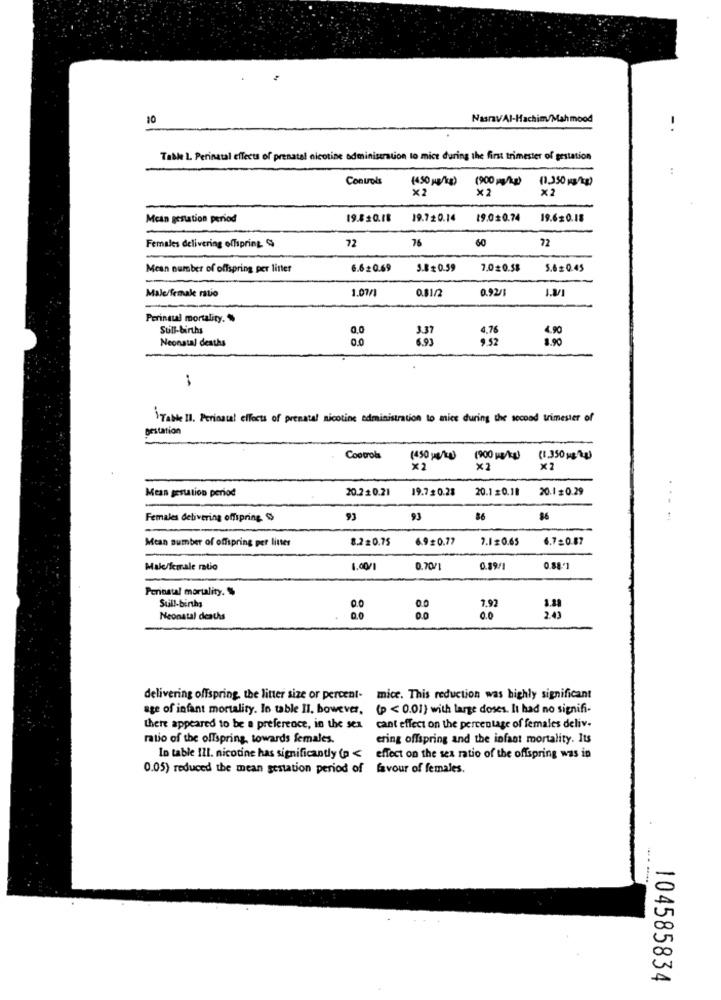
10
NastavAl-Hachim/Mahmood
Table 1. Perinatal effects of prenatal nicotine administration to mice during the first trimester of gestation
Controls
(450 mg/kg)
(900 mg/kg)
(1.350 mg/kg)
×2
×2
X2
Mcan gestation period
19.820.18
19.720.14
19.00.74
19.620.18
72
60
72
Females delivering offspring &
76
Mean number of offspring per litter
6.620.69
3.8≤ 0.59
5.6 =0.45
Male female muo
1.07/1
0.81/2
0.92/3
Perinsul mortality.
Sull-births
0.0
3.37
4,76
4.90
Neonatal deaths
0.0
1.90
Table 11. Periostal effects of prenatal nicotine administration to mice during the second trimester of
gestation
Controls
(450 ye/kg)
(900 w/kg) (1.350 g )g)
*2
×2
x2
Mean gestation period
20.2 2 0.21
19.720.28
20.1 20.18
20.1 0.29
Females delivering offspring $
93
93
86
%6
Mean number of offspring per litter
8.2=0.75
6.9#0.77
7.1=0.65
6.7=0.87
Male/female ratio
1.00/1
0.70/1
3.89/1
0.58'1
Perinatal mortality. $
Sull-birthy
7.92
Neonatal deaths
0.0
203
delivering offspring, the litter size or percent- mice. This reduction was highly significant
age of infant mortality. lo table Il, bowever, (p < 0.01) with large doses. It had no signifi-
there appeared to be a preference, in the sea
cant effect on the percentage of females deliv-
ratio of the offspring, towards females.
ering offspring and the infant mortality. Its
In table III. nicotine has significantly (p <
effect on the sex ratio of the offspring was in
0.05) reduced the mean gestation period of favour of females.
104585834